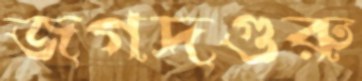
জগদগুরু